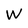
Character: W